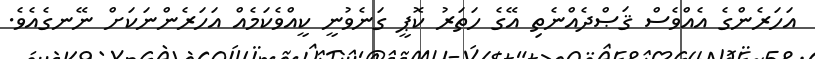
އަހަރެންގެ އެއްވެސް ޤަޞްދެއްނެތި އޭގެ ހަތަރު ކޮޕީ ގަނެވުނީ ކީއްވެކަމެއް އަހަރެންނަކަށް ނޭނގެއެވެ.